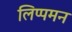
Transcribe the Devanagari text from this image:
लिप्पमन